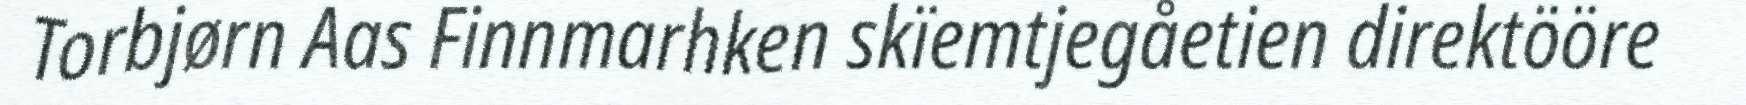
Torbjørn Aas Finnmarhken skïemtjegåetien direktööre